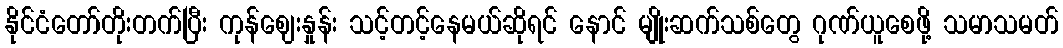
နိုင်ငံတော်တိုးတက်ပြီး ကုန်ဈေးနှုန်း သင့်တင့်နေမယ်ဆိုရင် နောင် မျိုးဆက်သစ်တွေ ဂုဏ်ယူစေဖို့ သမာသမတ်